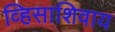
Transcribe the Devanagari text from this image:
व्हिसाशिवाय